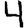
Digit: 4